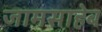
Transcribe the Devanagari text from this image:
जामसाहेब